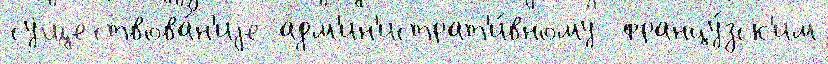
существова́н'иjе адм'ин'истрат'и́вному  францу́зск'им